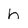
Character: h